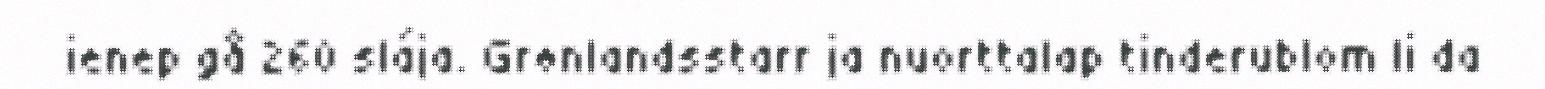
ienep gå 260 slája. Grønlandsstarr ja nuorttalap tinderublom li da